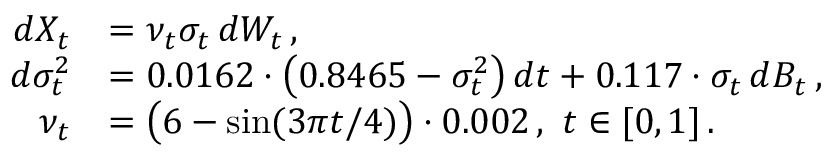
\begin{array} { r l } { d X _ { t } } & { = \nu _ { t } \sigma _ { t } \, d W _ { t } \, , } \\ { d \sigma _ { t } ^ { 2 } } & { = 0 { . } 0 1 6 2 \cdot \big ( 0 { . } 8 4 6 5 - \sigma _ { t } ^ { 2 } \big ) \, d t + 0 { . } 1 1 7 \cdot \sigma _ { t } \, d B _ { t } \, , } \\ { \nu _ { t } } & { = \big ( 6 - \sin ( 3 \pi t / 4 ) \big ) \cdot 0 { . } 0 0 2 \, , ~ t \in [ 0 , 1 ] \, . } \end{array}